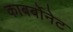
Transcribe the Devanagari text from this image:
काबर्बोनेट